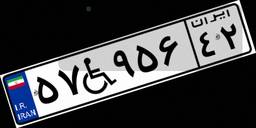
۵۷W۹۵۶۴۲